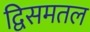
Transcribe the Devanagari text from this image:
द्विसमतल